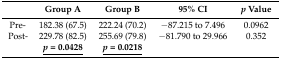
<table><thead><tr><td></td><td><b>Group A</b></td><td><b>Group B</b></td><td><b>95% CI</b></td><td><b><i>p</i> Value</b></td></tr></thead><tbody><tr><td>Pre-</td><td>182.38 (67.5)</td><td>222.24 (70.2)</td><td>−87.215 to 7.496</td><td>0.0962</td></tr><tr><td>Post-</td><td>229.78 (82.5)</td><td>255.69 (79.8)</td><td>−81.790 to 29.966</td><td>0.352</td></tr><tr><td></td><td><b><i><underline>p</underline></i><underline> = 0.0428</underline></b></td><td><b><i><underline>p</underline></i><underline> = 0.0218</underline></b></td><td></td><td></td></tr></tbody></table>